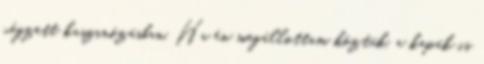
végzett kaszinózásban. Ha én megállottam köztük, a kapák is